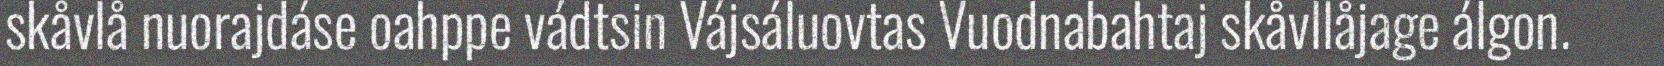
skåvlå nuorajdáse oahppe vádtsin Vájsáluovtas Vuodnabahtaj skåvllåjage álgon.